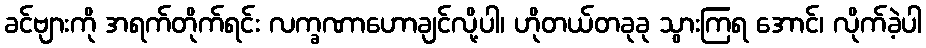
ခင်ဗျားကို အရက်တိုက်ရင်း လက္ခဏာဟောချင်လို့ပါ၊ ဟိုတယ်တခုခု သွားကြရ အောင်၊ လိုက်ခဲ့ပါ